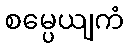
စမ္ပေယျကံ